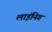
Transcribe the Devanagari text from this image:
लाइंनिग